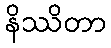
နိဿိတာ